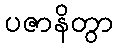
ပဇာနိတွာ